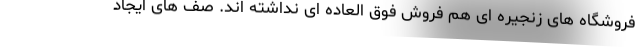
فروشگاه های زنجیره ای هم فروش فوق العاده ای نداشته اند. صف های ایجاد